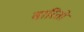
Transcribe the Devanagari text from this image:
बारितो